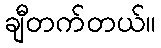
ချီတက်တယ်။